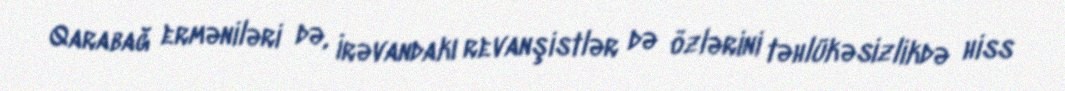
Qarabağ erməniləri də, İrəvandakı revanşistlər də özlərini təhlükəsizlikdə hiss